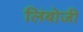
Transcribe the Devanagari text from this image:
लिंबोजी